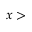
x >